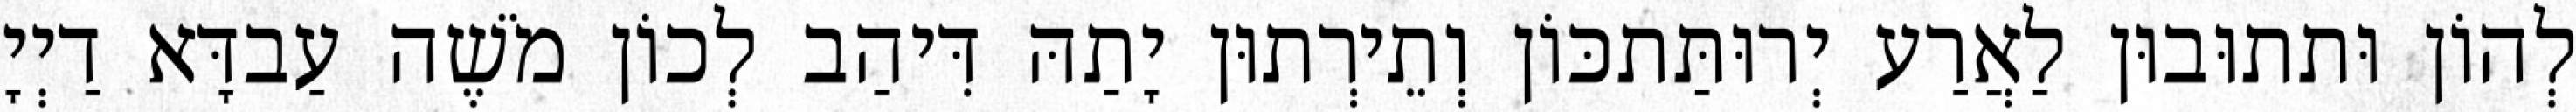
לְהוֹן וּתתוּבוּן לַאֲרַע יְרוּתַּתכּוֹן וְתֵירְתוּן יָתַהּ דִּיהַב לְכוֹן מֹשֶׁה עַבדָּא דַיְיָ